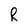
Character: R